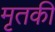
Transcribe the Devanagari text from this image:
मृतकी